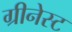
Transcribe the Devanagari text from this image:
ग्रीनेस्ट